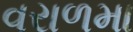
વરાળમા